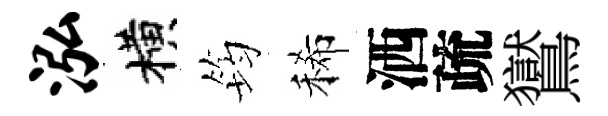
泓横筠稀洒疏鸑